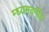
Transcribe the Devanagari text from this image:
म्ध्यमवर्गीय